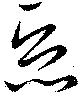
悪